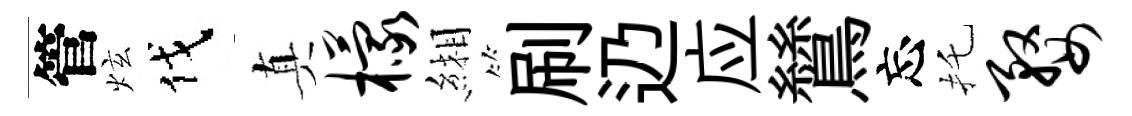
管炫伐真檬緗刷辸应鷥忘托婺